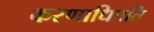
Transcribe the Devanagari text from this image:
करणाधिपति